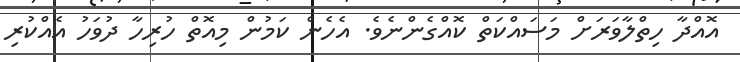
އޮއްދާ ހިތްލާވަރަށް މަސައްކަތް ކޮއްގެންނެވެ. އެހެން ކަމުން މިއޮތް ހުރިހާ ދުވަހު އެއްކުރި